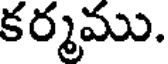
కర్మము.